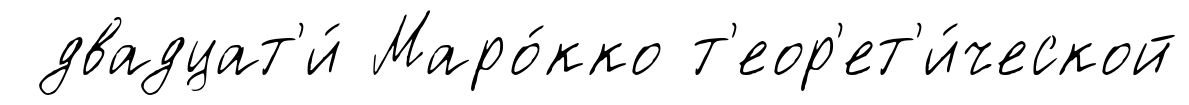
двадцат'и́ Маро́кко т'еор'ет'и́ческой